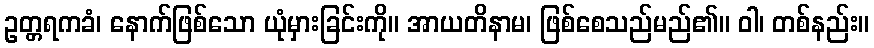
ဥတ္တရကခံ၊ နောက်ဖြစ်သော ယုံမှားခြင်းကို။ အာယတိနာမ၊ ဖြစ်စေသည်မည်၏။ ဝါ၊ တစ်နည်း။